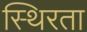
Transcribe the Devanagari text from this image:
स्थिरता